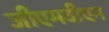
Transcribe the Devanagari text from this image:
जीएमवीएन